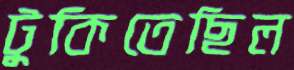
টুকিতেছিল